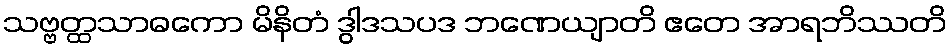
သဗ္ဗတ္ထသာဓကော မိနိတံ ဒွါဒသပဒ ဘဏေယျာတိ ဧတေ အာရဘိဿတိ